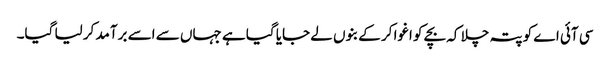
سی آئی اے کو پتہ چلا کہ بچے کو اغوا کر کے بنوں لے جایا گیا ہے جہاں سے اسے برآمد کر لیا گیا۔